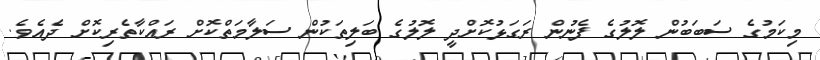
މިކަމުގެ ސަބަބުން ލޮލުގެ ފެނުން ރަގަޅުކޮށްދީ ލޮލުގެ ބަލިތަކުން ސަލާމަތްކޮށް ރައްކާތެރިކޮށް ދެއެވެ.